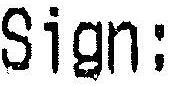
SIGN: